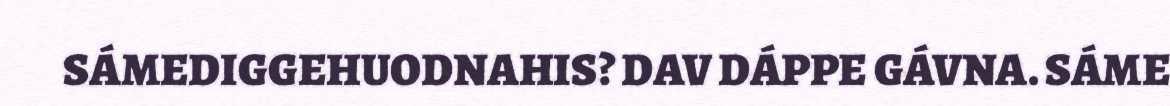
SÁMEDIGGEHUODNAHIS? DAV DÁPPE GÁVNA. SÁME